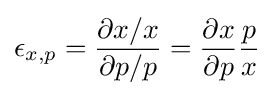
\epsilon _{x,p}={\frac {\partial x/x}{\partial p/p}}={\frac {\partial x}{\partial p}}{\frac {p}{x}}